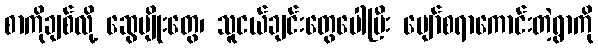
စာကိုချစ်လို့ ဆွေမျိုးတွေ၊ သူငယ်ချင်းတွေပေါပြီး ပျော်စရာကောင်းတဲ့ရွာကို